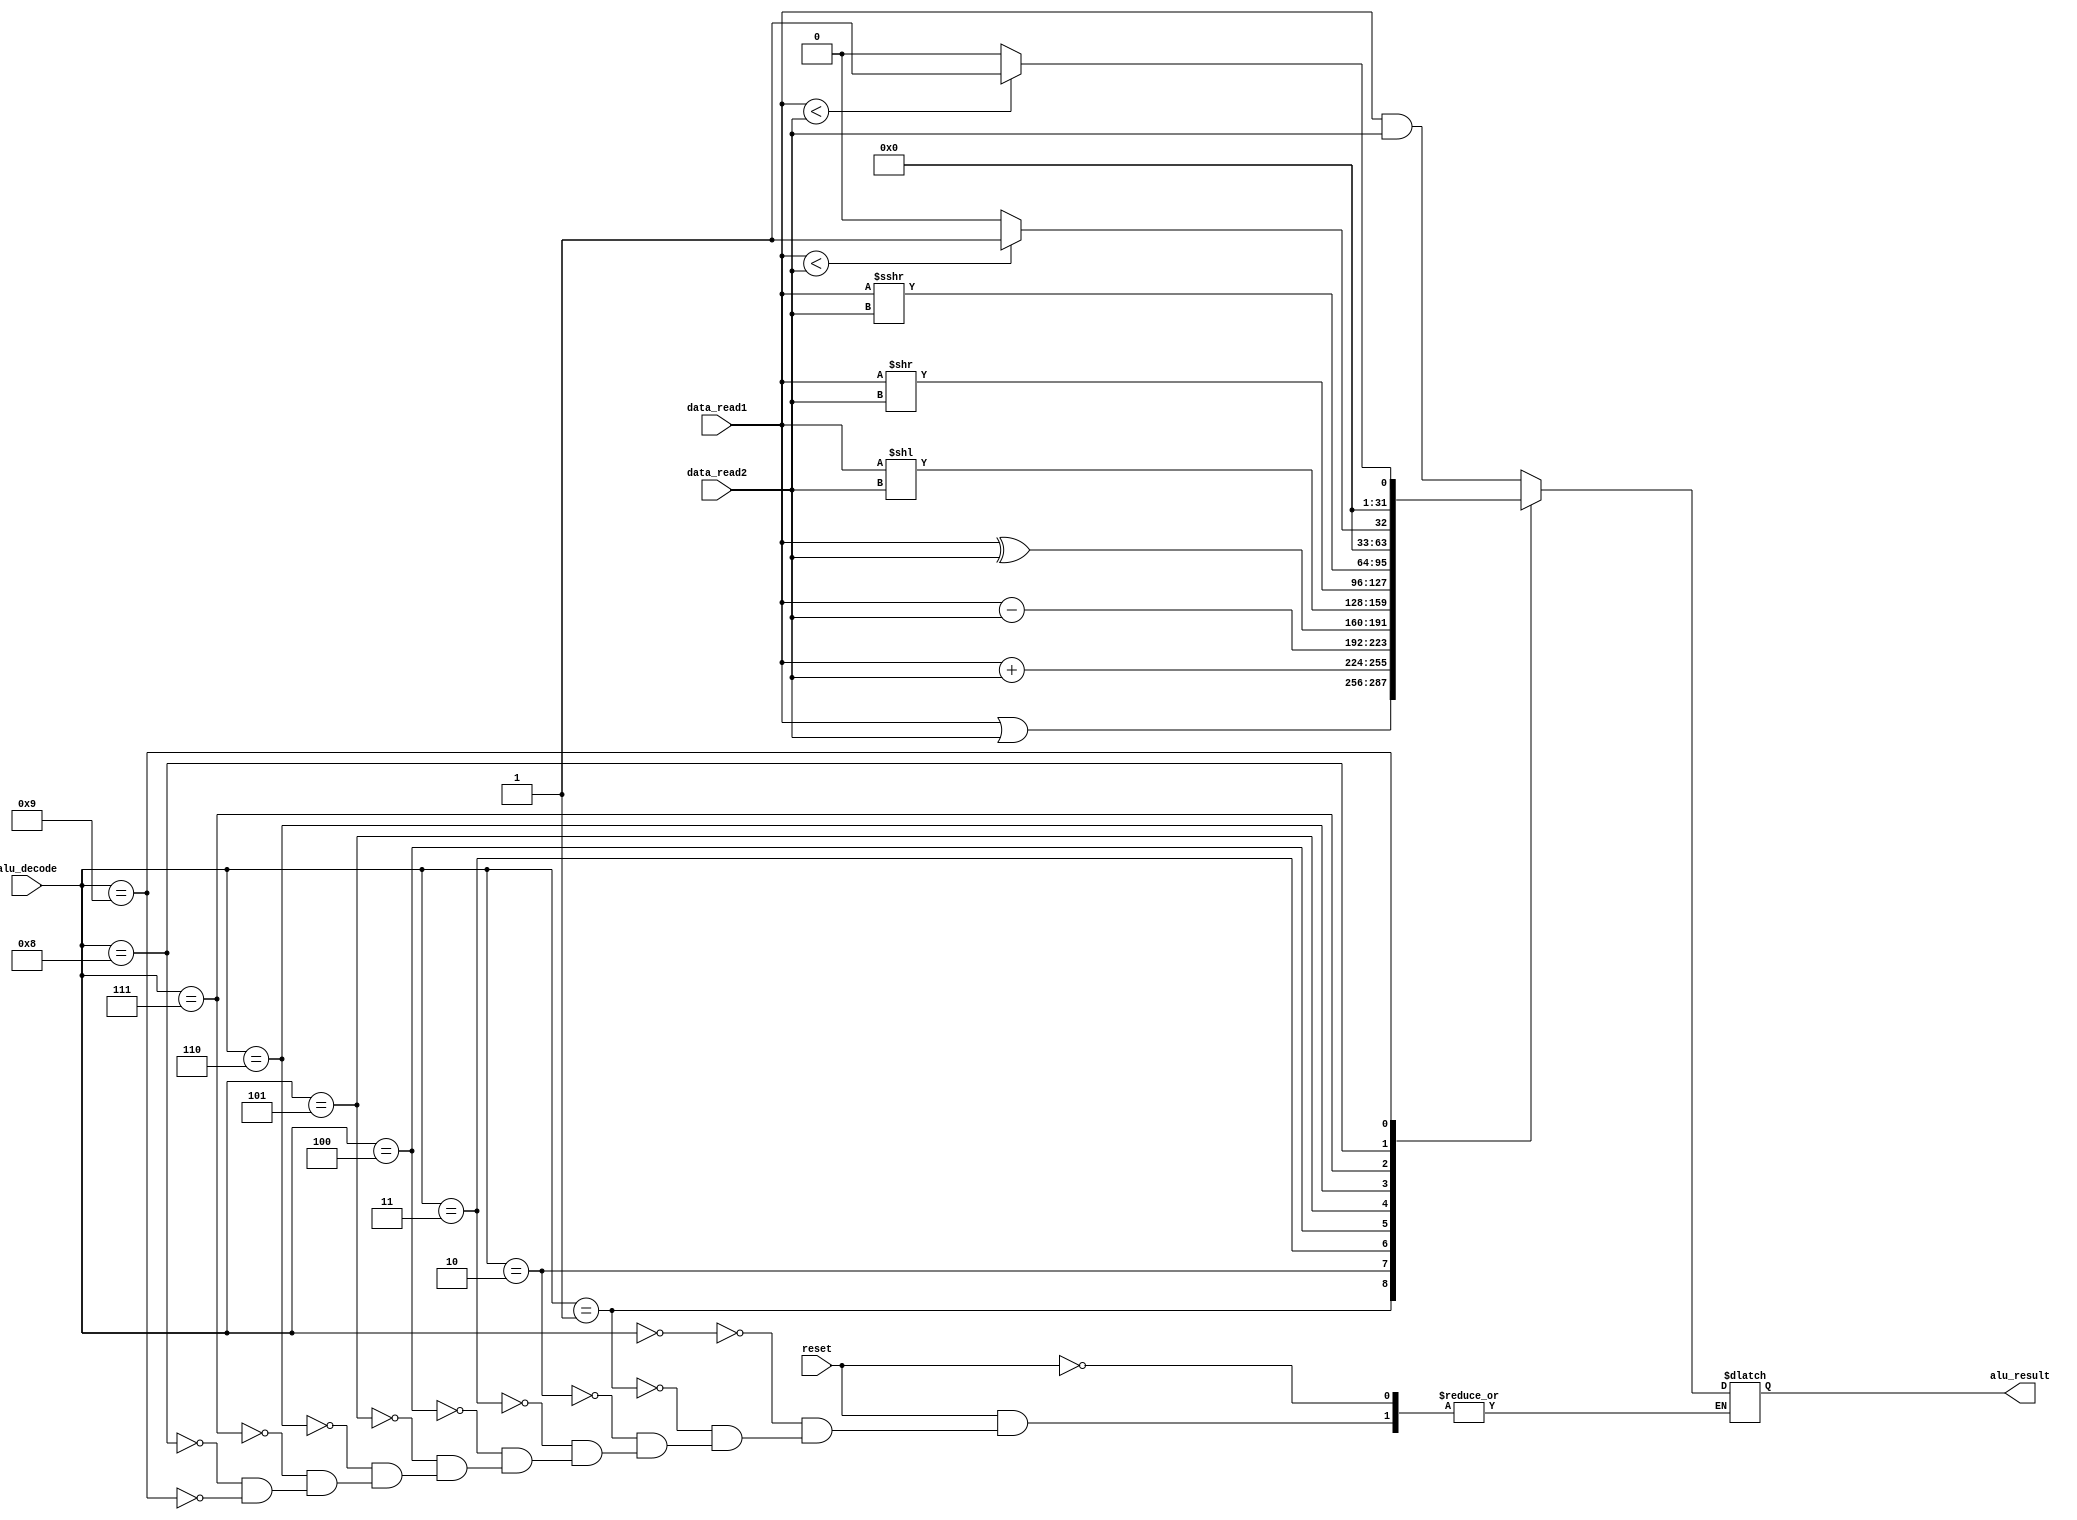
`timescale 1ns / 1ps
//////////////////////////////////////////////////////////////////////////////////
// Company: 
// Engineer: 
// 
// Design Name: 
// Module Name: alu
// Project Name: 
// Target Devices: 
// Tool Versions: 
// Description: Defines 10 32-bit instructions
// 
// Dependencies: 
// 
// Revision:
// Revision 0.01 - File Created
// Additional Comments:
// 
//////////////////////////////////////////////////////////////////////////////////


`define AND 4'd0
`define OR 4'd1
`define ADD 4'd2
`define SUB 4'd3
`define XOR 4'd4
`define SLL 4'd5        // logical shift left
`define SRL 4'd6        // logical shift right
`define SRA 4'd7        // arithmetic shift right
`define SLT 4'd8        // set on less than
`define SLTU 4'd9       // set on less than unsigned

module alu(reset, data_read1, data_read2, alu_decode, alu_result);

input [0:0] reset;
input [31:0] data_read1;
input [31:0] data_read2;
input [3:0] alu_decode;
output reg [31:0] alu_result;

always @(reset, data_read1, data_read2, alu_decode) begin
    if (reset == 1) begin
        case (alu_decode)
            `AND: alu_result <= data_read1 & data_read2;
            `OR: alu_result <= data_read1 | data_read2;
            `ADD: alu_result <= data_read1 + data_read2;
            `SUB: alu_result <= data_read1 - data_read2;
            `XOR: alu_result <= data_read1 ^ data_read2;
            `SLL: alu_result <= data_read1 << data_read2;
            `SRL: alu_result <= data_read1 >> data_read2;
            `SRA: alu_result <= $signed(data_read1) >>> $signed(data_read2);
            `SLT: alu_result <= $signed(data_read1) < $signed(data_read2) ? 4'd1 : 4'd0;
            `SLTU: alu_result <= data_read1 < data_read2 ? 4'd1 : 4'd0;
        endcase
    end
end

endmodule